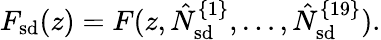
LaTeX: F_{\mathrm{sd}}(z)=F(z,\hat{N}_{\mathrm{sd}}^{\{ 1\} },\ldots,\hat{N}_{\mathrm{sd}}^{\{ 19\} }).